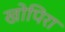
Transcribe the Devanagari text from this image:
खोपिरा